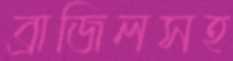
ব্রাজিলসহ